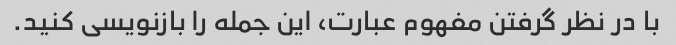
با در نظر گرفتن مفهوم عبارت، این جمله را بازنویسی کنید.